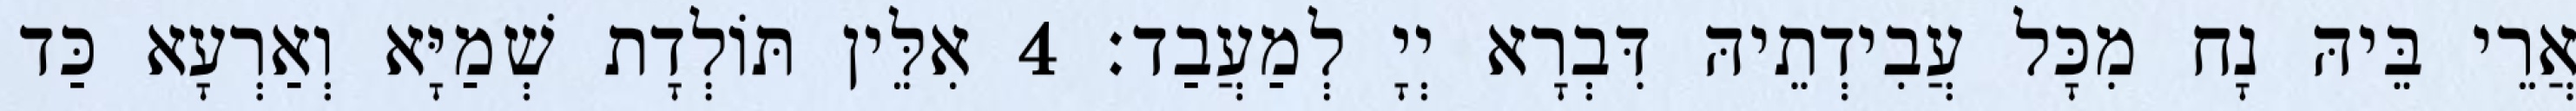
אֲרֵי בֵּיהּ נָח מִכָּל עֲבִידְתֵיהּ דִּבְרָא יְיָ לְמַעֲבַד׃ 4 אִלֵּין תּוֹלְדָת שְׁמַיָּא וְאַרְעָא כַּד